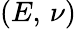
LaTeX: (E,\, \nu)